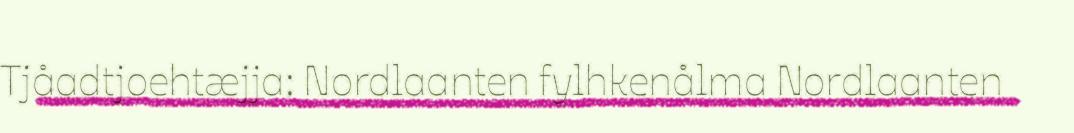
Tjåadtjoehtæjja: Nordlaanten fylhkenålma Nordlaanten